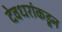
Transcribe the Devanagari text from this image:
देवधरांकडून